Sanitation, dispensaries and jails vaccination Rajputana 1922-1927 - 1922-1927
Year: 1922
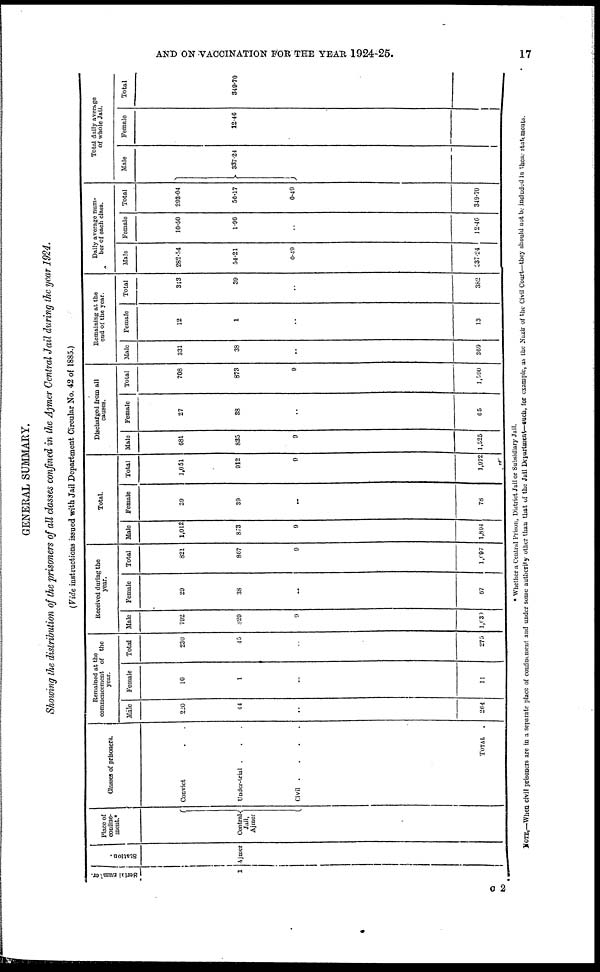
AND ON VACCINATION FOR THE YEAR 1924-25.
17
GENERAL SUMMARY.
Showing the distribution of the prisoners of all classes confined in the Ajmer Central Jail during the year 1924.
(Vide instructions issued with Jail Department Circular No. 42 of 1885.)
Serial number.
1
Station.
Ajmer
Place of
confine-
ment.*
Contral
Jail,
Ajmer
Classes of prisoners.
Convict ..
Under-trial ...
Civil
....
TOTAL
.
Remained at the
commencement of the
year.
Male
220
44
..
264
Female
10
1
..
11
Total
230
45
..
275
Received during the
year.
Male
792
829
9
1,630
Female
29
38
..
67
Total
821
867
9
1,097
Total.
Male
1,012
873
9
1,894
Female
39
30
..
78
Total
1,051
912
9
1,972
Discharged from all
causes.
Male
681
835
9
1,525
Female
27
38
..
65
Total
708
873
9
1,590
Remaining at the
end of the year.
Male
331
38
..
369
Female
12
1
..
13
Total
343
39
..
382
Daily average num-
ber of each class.
Male
282.54
54.21
0.49
337.24
Female
10.50
1.96
..
12.46
Total
203.04
56.17
0.49
349.70
Total daily average
of whole Jail.
Male
337.24
Female
12.46
Total
349.70
* Whether a Central Prison, District Jail or Subsidiary Jail.
NOTE.—When Civil prisoners are in a separate place of confinement and under some authority other than that of the Jail Department— such, for example, as the Nazir of the Civil Court—they should not be included in these statements.
C 2